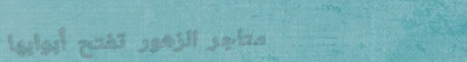
متاجر الزهور تفتح أبوابها